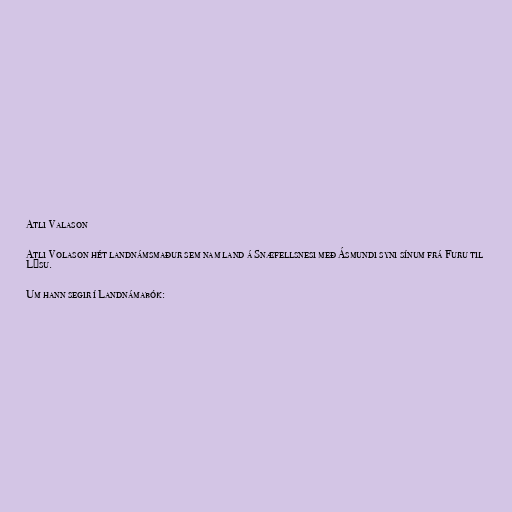
Atli Valason

Atli Volason hét landnámsmaður sem nam land á Snæfellsnesi með Ásmundi syni sínum frá Furu til
Lýsu.

Um hann segir í Landnámabók: